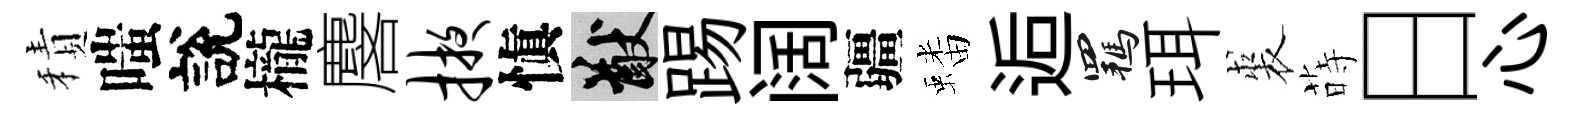
積嗤說櫳麐掖愼猷踢阔疆蟠逅羈珥裘蒔日心